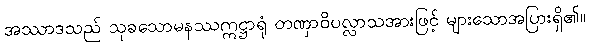
အဿာဒသည် သုခသောမနဿဣဋ္ဌာရုံ တဏှာဝိပလ္လာသအားဖြင့် များသောအပြားရှိ၏။